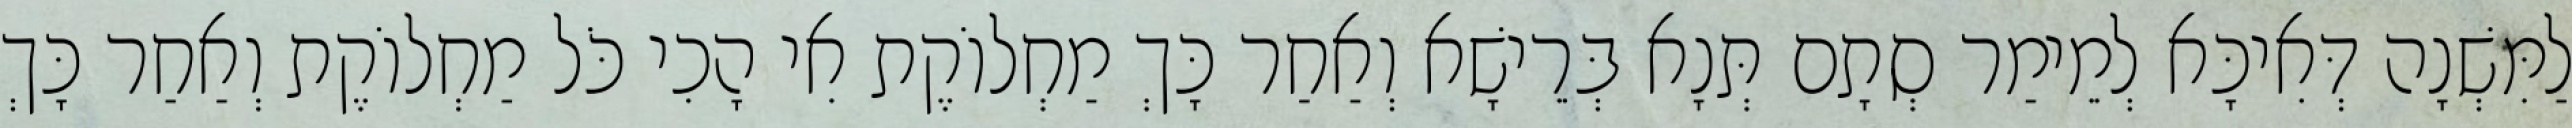
לַמִּשְׁנָה דְּאִיכָּא לְמֵימַר סְתָם תְּנָא בְּרֵישָׁא וְאַחַר כָּךְ מַחְלוֹקֶת אִי הָכִי כֹּל מַחְלוֹקֶת וְאַחַר כָּךְ